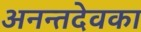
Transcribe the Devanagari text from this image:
अनन्तदेवका